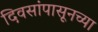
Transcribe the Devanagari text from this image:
दिवसांपासूनच्या